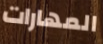
المهارات